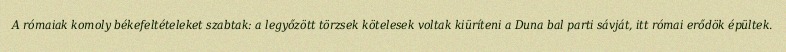
A rómaiak komoly békefeltételeket szabtak: a legyőzött törzsek kötelesek voltak kiüríteni a Duna bal parti sávját, itt római erődök épültek.